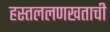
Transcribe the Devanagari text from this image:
हस्तललणखताची